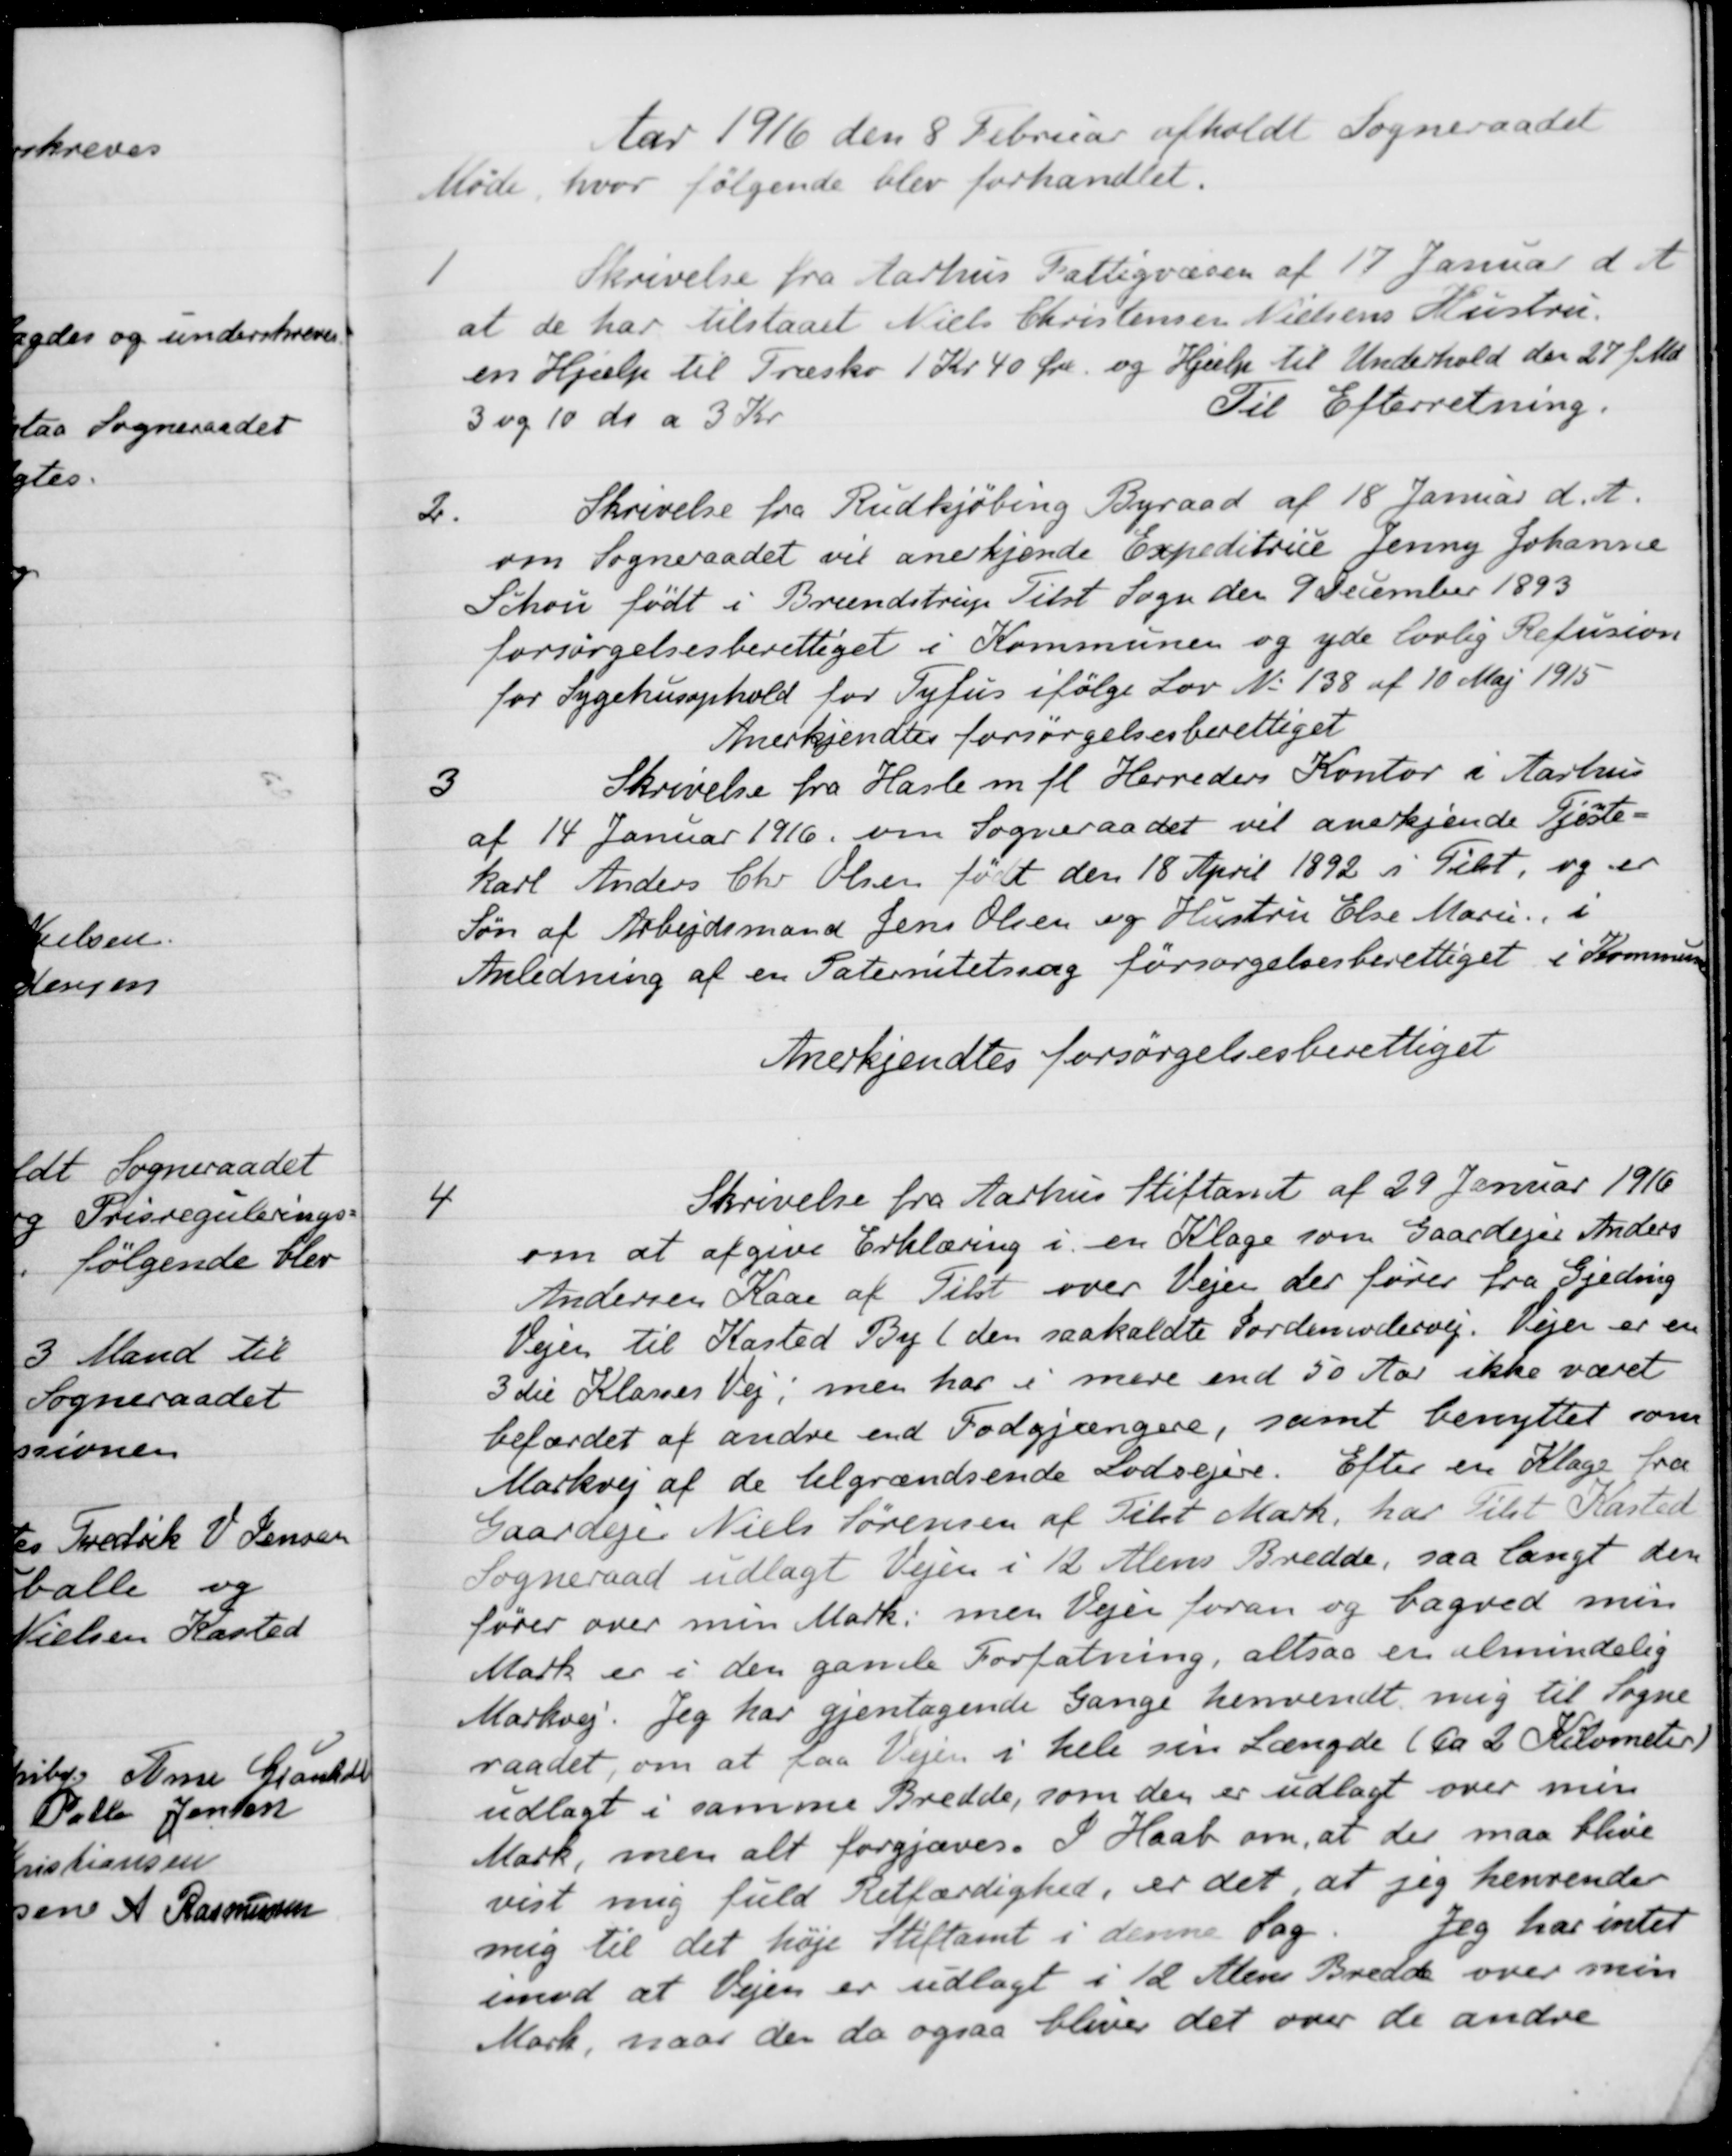
Transskription:
Aar 1916 den 8 Februar afholdt Sogneraadet
Møde, hvor følgende blev forhandlet.
1
Skrivelse fra Aarhus Fattigvæsen af 17 Januar d. A.
at de har tilstaaet Niels Christensen Nielsens Hustru.
en Hjælp til Træsko 1 Kr 40 Øre og Hjælp til Underhold den 27 f. Md.
3 og 10 do a 3 Kr
Til Efterretning.
2.
Skrivelse fra Rudkjøbing Byraad af 18 Januar d. A.
om Sogneraadet vil anerkjende Expeditrice Jenny Johanne
Schou født i Brendstrup Tilst Sogn den 9 December 1893
forsørgelsesberettiget i Kommunen og yde lovlig Refusion
for Sygehusophold for Tyfus ifølge Lov No 138 af 10 Maj 1915
Anerkjendtes forsørgelsesberettiget
3
Skrivelse fra Hasle m. fl. Herreders Kontor i Aarhus
af 14 Januar 1916 om Sogneraadet vil anekjende Tjenste-
karl Anders Chr Olsen født den 18 April 1892 i Tilst, og er
Søn af Arbejdsmand Jens Olsen og Hustru Else Marie i
Anledning af en Paternitetssag forsørgelsesberettiget i Kommune
Anerkjendtes forsørgelsesberettiget
4
Skrivelse fra Aarhus Stiftamt af 29 Januar 1916
om at afgive Erklæring i en Klage som Gaardejer Anders
Andersen Kaae af Tilst over Vejen der fører fra Gjeding
Vejen til Kasted By (den saakaldte Jordemodervej. Vejen er en
3 die Klasses Vej, men har i mere end 50 Aar ikke været
befærdet af andre end Fodgjængere, samt benyttet som
Markvej af de tilgrændsende Lodsejere. Efter en Klage fra
Gaardejer Niels Sørensen af Tilst Mark, har Tilst Kasted
Sogneraad udlagt Vejen i 12 Alens Bredde, saa langt den
fører over min Mark, men Vejen foran og bagved min
Mark er i den gamle Forfatning, altsaa er almindelig
Markvej. Jeg har gjentagende Gange henvendt mig til Sogne
raadet, om at paa Vejen i hele sin Længde (ca 2 Kilometer)
udlagt i samme Bredde, som den er udlagt over min
Mark, men alt forgjæves. I Haab om, at der maa blive
vist mig fuld Retfærdighed, er det, at jeg henvender
mig til det høje Stiftamt i denne Sag. Jeg har intet
imod at Vejen er udlagt i 12 Alens Bredde over min
Mark, naar der da ogsaa bliver det over de andre